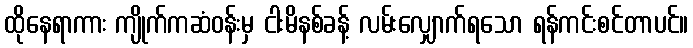
ထိုနေရာကား ကျိုက်ကဆံဝန်းမှ ငါးမိနစ်ခန့် လမ်းလျှောက်ရသော ရန်ကင်းစင်တာပင်။